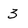
Character: 3